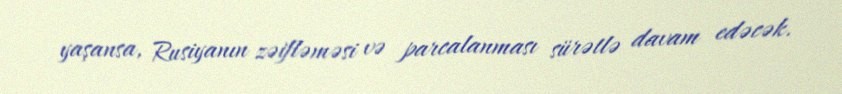
yaşansa, Rusiyanın zəifləməsi və parcalanması sürətlə davam edəcək.